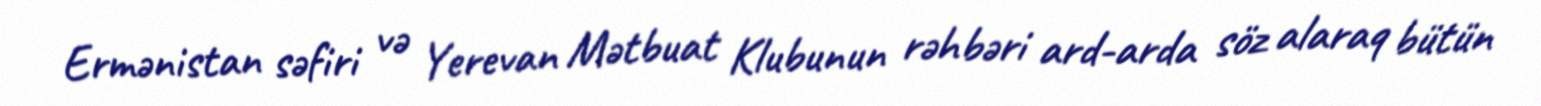
Ermənistan səfiri və Yerevan Mətbuat Klubunun rəhbəri ard-arda söz alaraq bütün